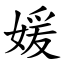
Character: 媛